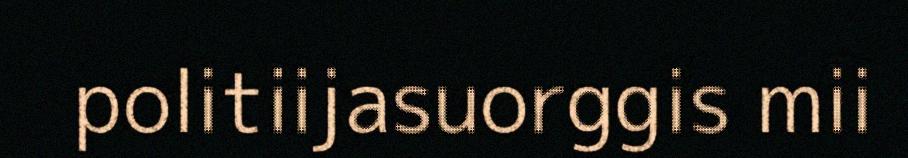
politiijasuorggis mii